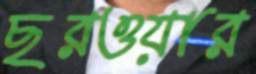
ছরওয়ার